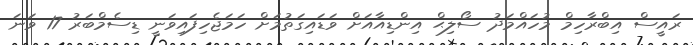
ރައީސް އިބްރާހިމް މުހައްމަދު ސޯލިޙް އިންޑިއާއަށް ވަޑައިގަތުމަށް ހަމަޖެހިފައިވަނީ ޑިސެމްބަރު 17 ވަނަ